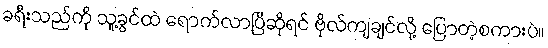
ခရီးသည်ကို သူ့ခွင်ထဲ ရောက်လာပြီဆိုရင် ဗိုလ်ကျချင်လို့ ပြောတဲ့စကားပဲ။